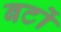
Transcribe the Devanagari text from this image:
बर्टो